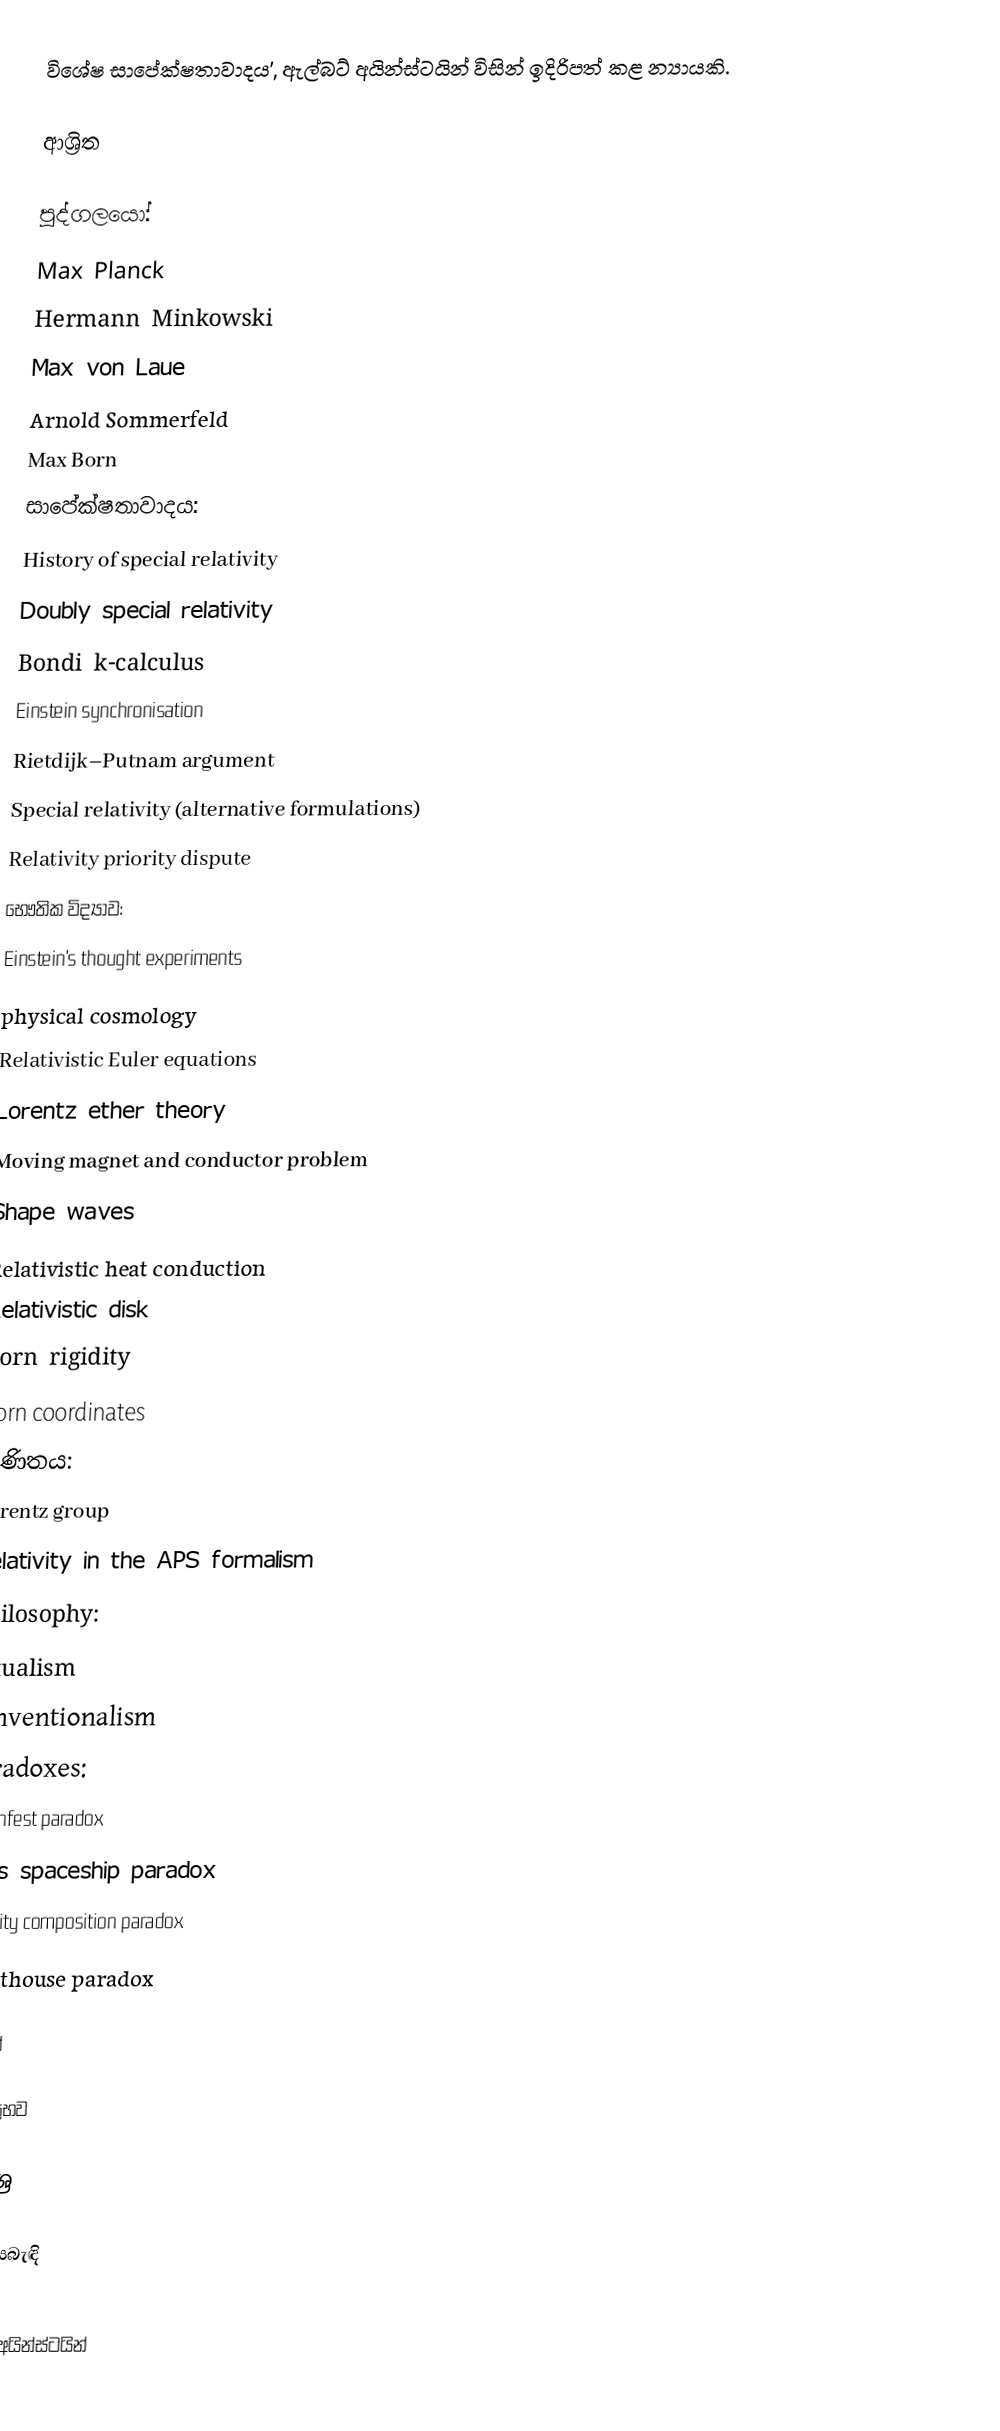
විශේෂ සාපේක්ෂතාවාදය', ඇල්බට් අයින්ස්ටයින් විසින් ඉදිරිපත් කළ න්‍යායකි.

ආශ්‍රිත

පුද්ගලයෝ:
 Max Planck
 Hermann Minkowski
 Max von Laue
 Arnold Sommerfeld
 Max Born
සාපේක්ෂතාවාදය:
 History of special relativity
 Doubly special relativity
 Bondi k-calculus
 Einstein synchronisation
 Rietdijk–Putnam argument
 Special relativity (alternative formulations)
 Relativity priority dispute
භෞතික විද්‍යාව:
 Einstein's thought experiments
 physical cosmology
 Relativistic Euler equations
 Lorentz ether theory
 Moving magnet and conductor problem
 Shape waves
 Relativistic heat conduction
 Relativistic disk
 Born rigidity
 Born coordinates
ගණිතය:
 Lorentz group
 Relativity in the APS formalism
Philosophy:
 actualism
 conventionalism
Paradoxes:
 Ehrenfest paradox
 Bell's spaceship paradox
 Velocity composition paradox
 Lighthouse paradox

සටහන්

මූලික ප්‍රභව

මූලාශ්‍ර

භාහිර සබැඳි

ඇල්බට්‍ අයින්ස්ටයින්